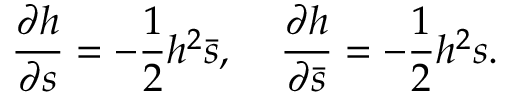
\frac { \partial h } { \partial s } = - \frac { 1 } { 2 } h ^ { 2 } \bar { s } , \; \; \; \; \frac { \partial h } { \partial \bar { s } } = - \frac { 1 } { 2 } h ^ { 2 } s .